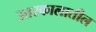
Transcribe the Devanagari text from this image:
उत्तरकालातील